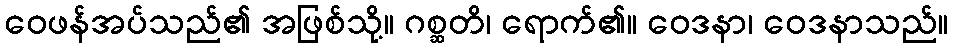
ဝေဖန်အပ်သည်၏ အဖြစ်သို့။ ဂစ္ဆတိ၊ ရောက်၏။ ဝေဒနာ၊ ဝေဒနာသည်။